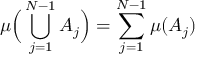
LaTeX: \mu { \Big ( } \bigcup _ { j = 1 } ^ { N - 1 } A _ { j } { \Big ) } = \sum _ { j = 1 } ^ { N - 1 } \mu ( A _ { j } )